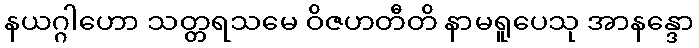
နယဂ္ဂါဟော သတ္တရသမေ ဝိဇဟတီတိ နာမရူပေသု အာနန္ဒော